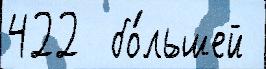
422  бо́льшей